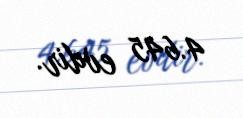
4.645 evdir.